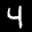
Digit: 4